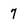
Character: 7